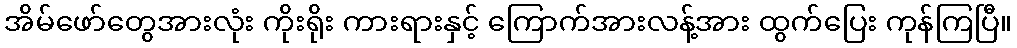
အိမ်ဖော်တွေအားလုံး ကိုးရိုး ကားရားနှင့် ကြောက်အားလန့်အား ထွက်ပြေး ကုန်ကြပြီ။